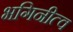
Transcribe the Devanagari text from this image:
भगिनीत्व